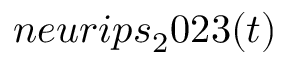
n e u r i p s _ { 2 } 0 2 3 ( t )